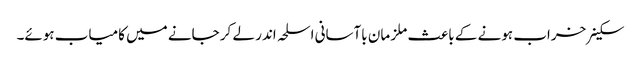
سکینر خراب ہونے کے باعث ملز مان باآسانی اسلحہ اندر لے کر جانے میں کامیاب ہوئے۔